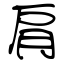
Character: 肩